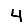
Digit: 4